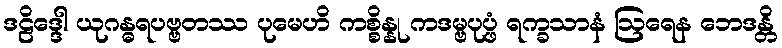
ဒဠိဒ္ဒေါ ယုဂန္ဓရပဗ္ဗတဿ ပုမေဟိ ကစ္စိန္နု ကဒမ္ဗပုပ္ဖံ ရက္ခသာနံ ဩရေန ဘေဒန္တိ